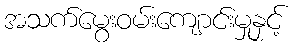
အသက်မွေးဝမ်းကျောင်းမှုနှင့်